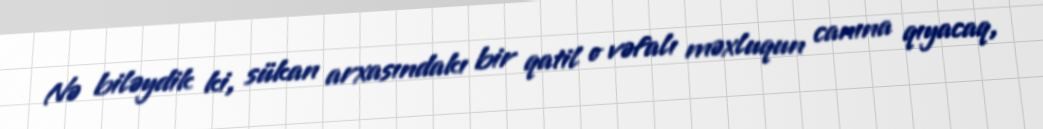
Nə biləydik ki, sükan arxasındakı bir qatil o vəfalı məxluqun canına qıyacaq,